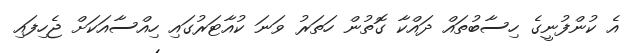
އެ ކުންފުނީގެ ހިސާބުތައް ދައްކާ ގޮތުން ހަތަރު ވަނަ ކުއާޓަރުގައި ހިއްސާއަކަށް ޖެހިފައި